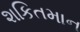
શકિતમાન